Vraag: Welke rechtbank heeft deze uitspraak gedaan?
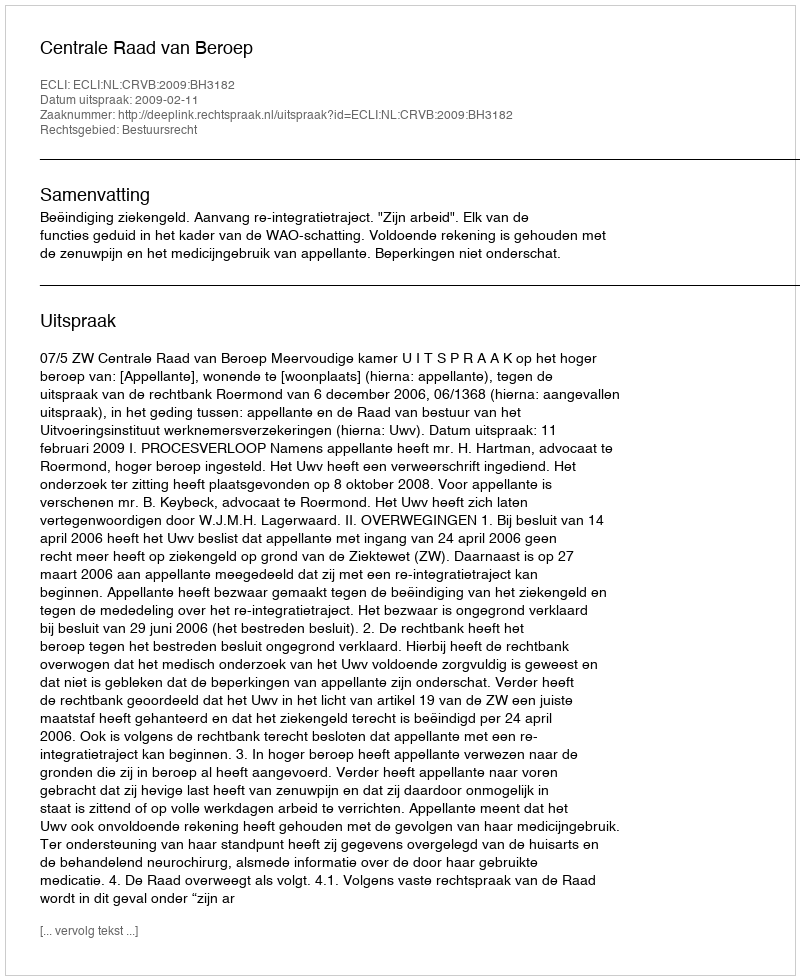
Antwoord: Centrale Raad van Beroep